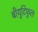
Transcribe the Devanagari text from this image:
बीयुटिफुल